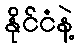
နိုင်ငံနဲ့